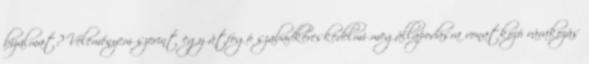
bizalmat? Véleményem szerint egy átfogó szabadkereskedelmi megállapodásra vonatkozó várakozás